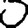
Digit: 0